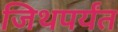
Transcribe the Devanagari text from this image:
जिथपर्यंत